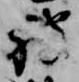
被